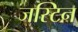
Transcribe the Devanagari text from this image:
जस्‍टिन